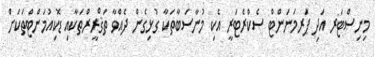
މިނިސްޓަރ އަދި ޕަރމަނަންޓް ސެކްރެޓަރީ އެކި މުނާސަބާތަކާ ގުޅިގެން ދެއްވާ ތަޤްރީރްތަކާއި ޑޮކިއުމަންޓްތަކަށް